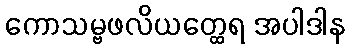
ကောသမ္ဗဖလိယတ္ထေရ အပါဒါန